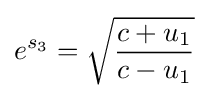
e^{s_{3}}={\sqrt {\frac {c+u_{1}}{c-u_{1}}}}